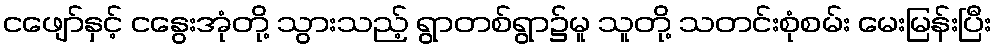
ငဖျော်နှင့် ငနွေးအုံတို့ သွားသည့် ရွာတစ်ရွာ၌မူ သူတို့ သတင်းစုံစမ်း မေးမြန်းပြီး